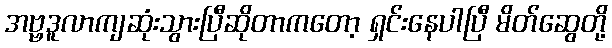
အဗ္ဗဒူလာကျဆုံးသွားပြီဆိုတာကတော့ ရှင်းနေပါပြီ မိတ်ဆွေတို့